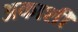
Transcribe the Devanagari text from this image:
अकाशी